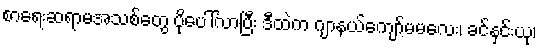
စာရေးဆရာမအသစ်တွေ ပိုပေါ်လာပြီး ဒီထဲက ဂျာနယ်ကျော်မမလေး၊ ခင်နှင်းယု၊